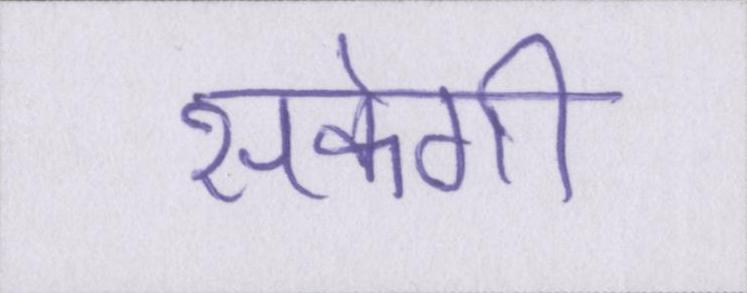
सकेगी